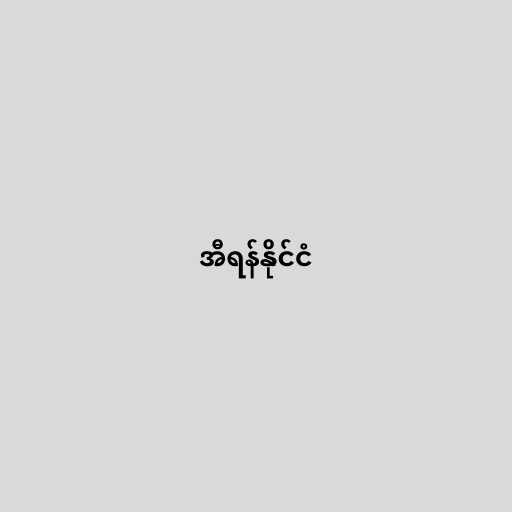
အီရန်နိုင်ငံ